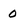
Character: 0